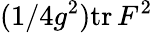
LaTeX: (1/4g^{2})\mathrm{tr}\, F^{2}